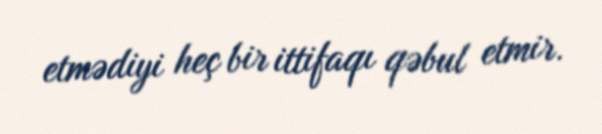
etmədiyi heç bir ittifaqı qəbul etmir.